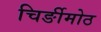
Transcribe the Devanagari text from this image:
चिर्ङीमोठ